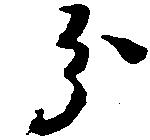
分